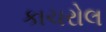
કાચરોલ